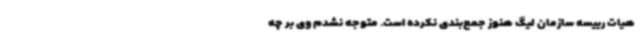
هیات رییسه سازمان لیگ هنوز جمع‌بندی نکرده است. متوجه نشدم وی بر چه